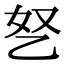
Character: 㐐